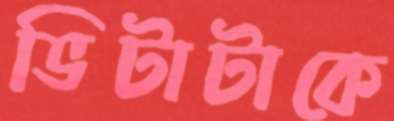
ভিটাটাকে